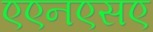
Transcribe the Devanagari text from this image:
एएनएसए